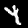
Label: 4